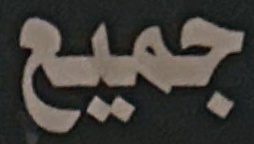
جمیع